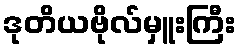
ဒုတိယဗိုလ်မှူးကြီး